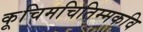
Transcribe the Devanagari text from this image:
कूचिमचितिम्मकवि